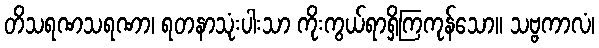
တိသရဏသရဏာ၊ ရတနာသုံးပါးသာ ကိုးကွယ်ရာရှိကြကုန်သော။ သဗ္ဗကာလံ၊